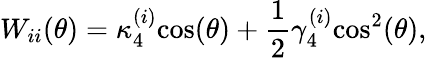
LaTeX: W_{ii}(\theta)=\kappa_{4}^{(i)}\mathrm{cos}(\theta)+\frac{1}{2}\gamma_{4}^{(i)}\mathrm{cos}^{2}(\theta),